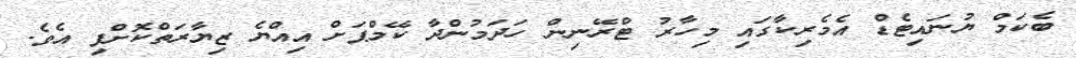
ބެކަމް ޔުނައިޓެޑް އެމެރިކާގައި މިހާރު ޓްރޭނިން ހަދަމުންދާ ކޭމްޕަށް އިއްޔެ ޒިޔާރަތްކޮށްފި އެވެ.